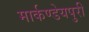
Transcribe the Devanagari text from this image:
मार्कण्डेयपुरी